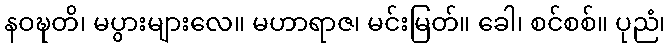
နဝဍ္ဎတိ၊ မပွားများလေ။ မဟာရာဇ၊ မင်းမြတ်။ ခေါ၊ စင်စစ်။ ပုညံ၊